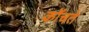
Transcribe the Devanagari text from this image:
कोंचते